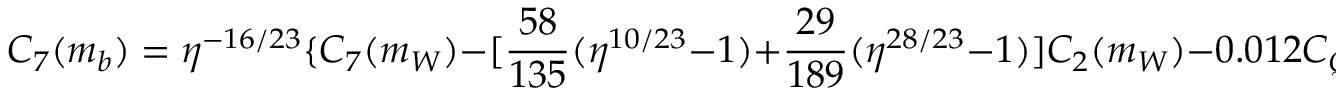
C _ { 7 } ( m _ { b } ) = \eta ^ { - 1 6 / 2 3 } \{ C _ { 7 } ( m _ { W } ) - [ \frac { 5 8 } { 1 3 5 } ( \eta ^ { 1 0 / 2 3 } - 1 ) + \frac { 2 9 } { 1 8 9 } ( \eta ^ { 2 8 / 2 3 } - 1 ) ] C _ { 2 } ( m _ { W } ) - 0 . 0 1 2 C _ { Q _ { 3 } } ( m _ { W } ) \}